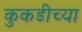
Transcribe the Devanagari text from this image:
कुकडीच्या